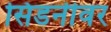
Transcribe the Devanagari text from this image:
सिडनीवर